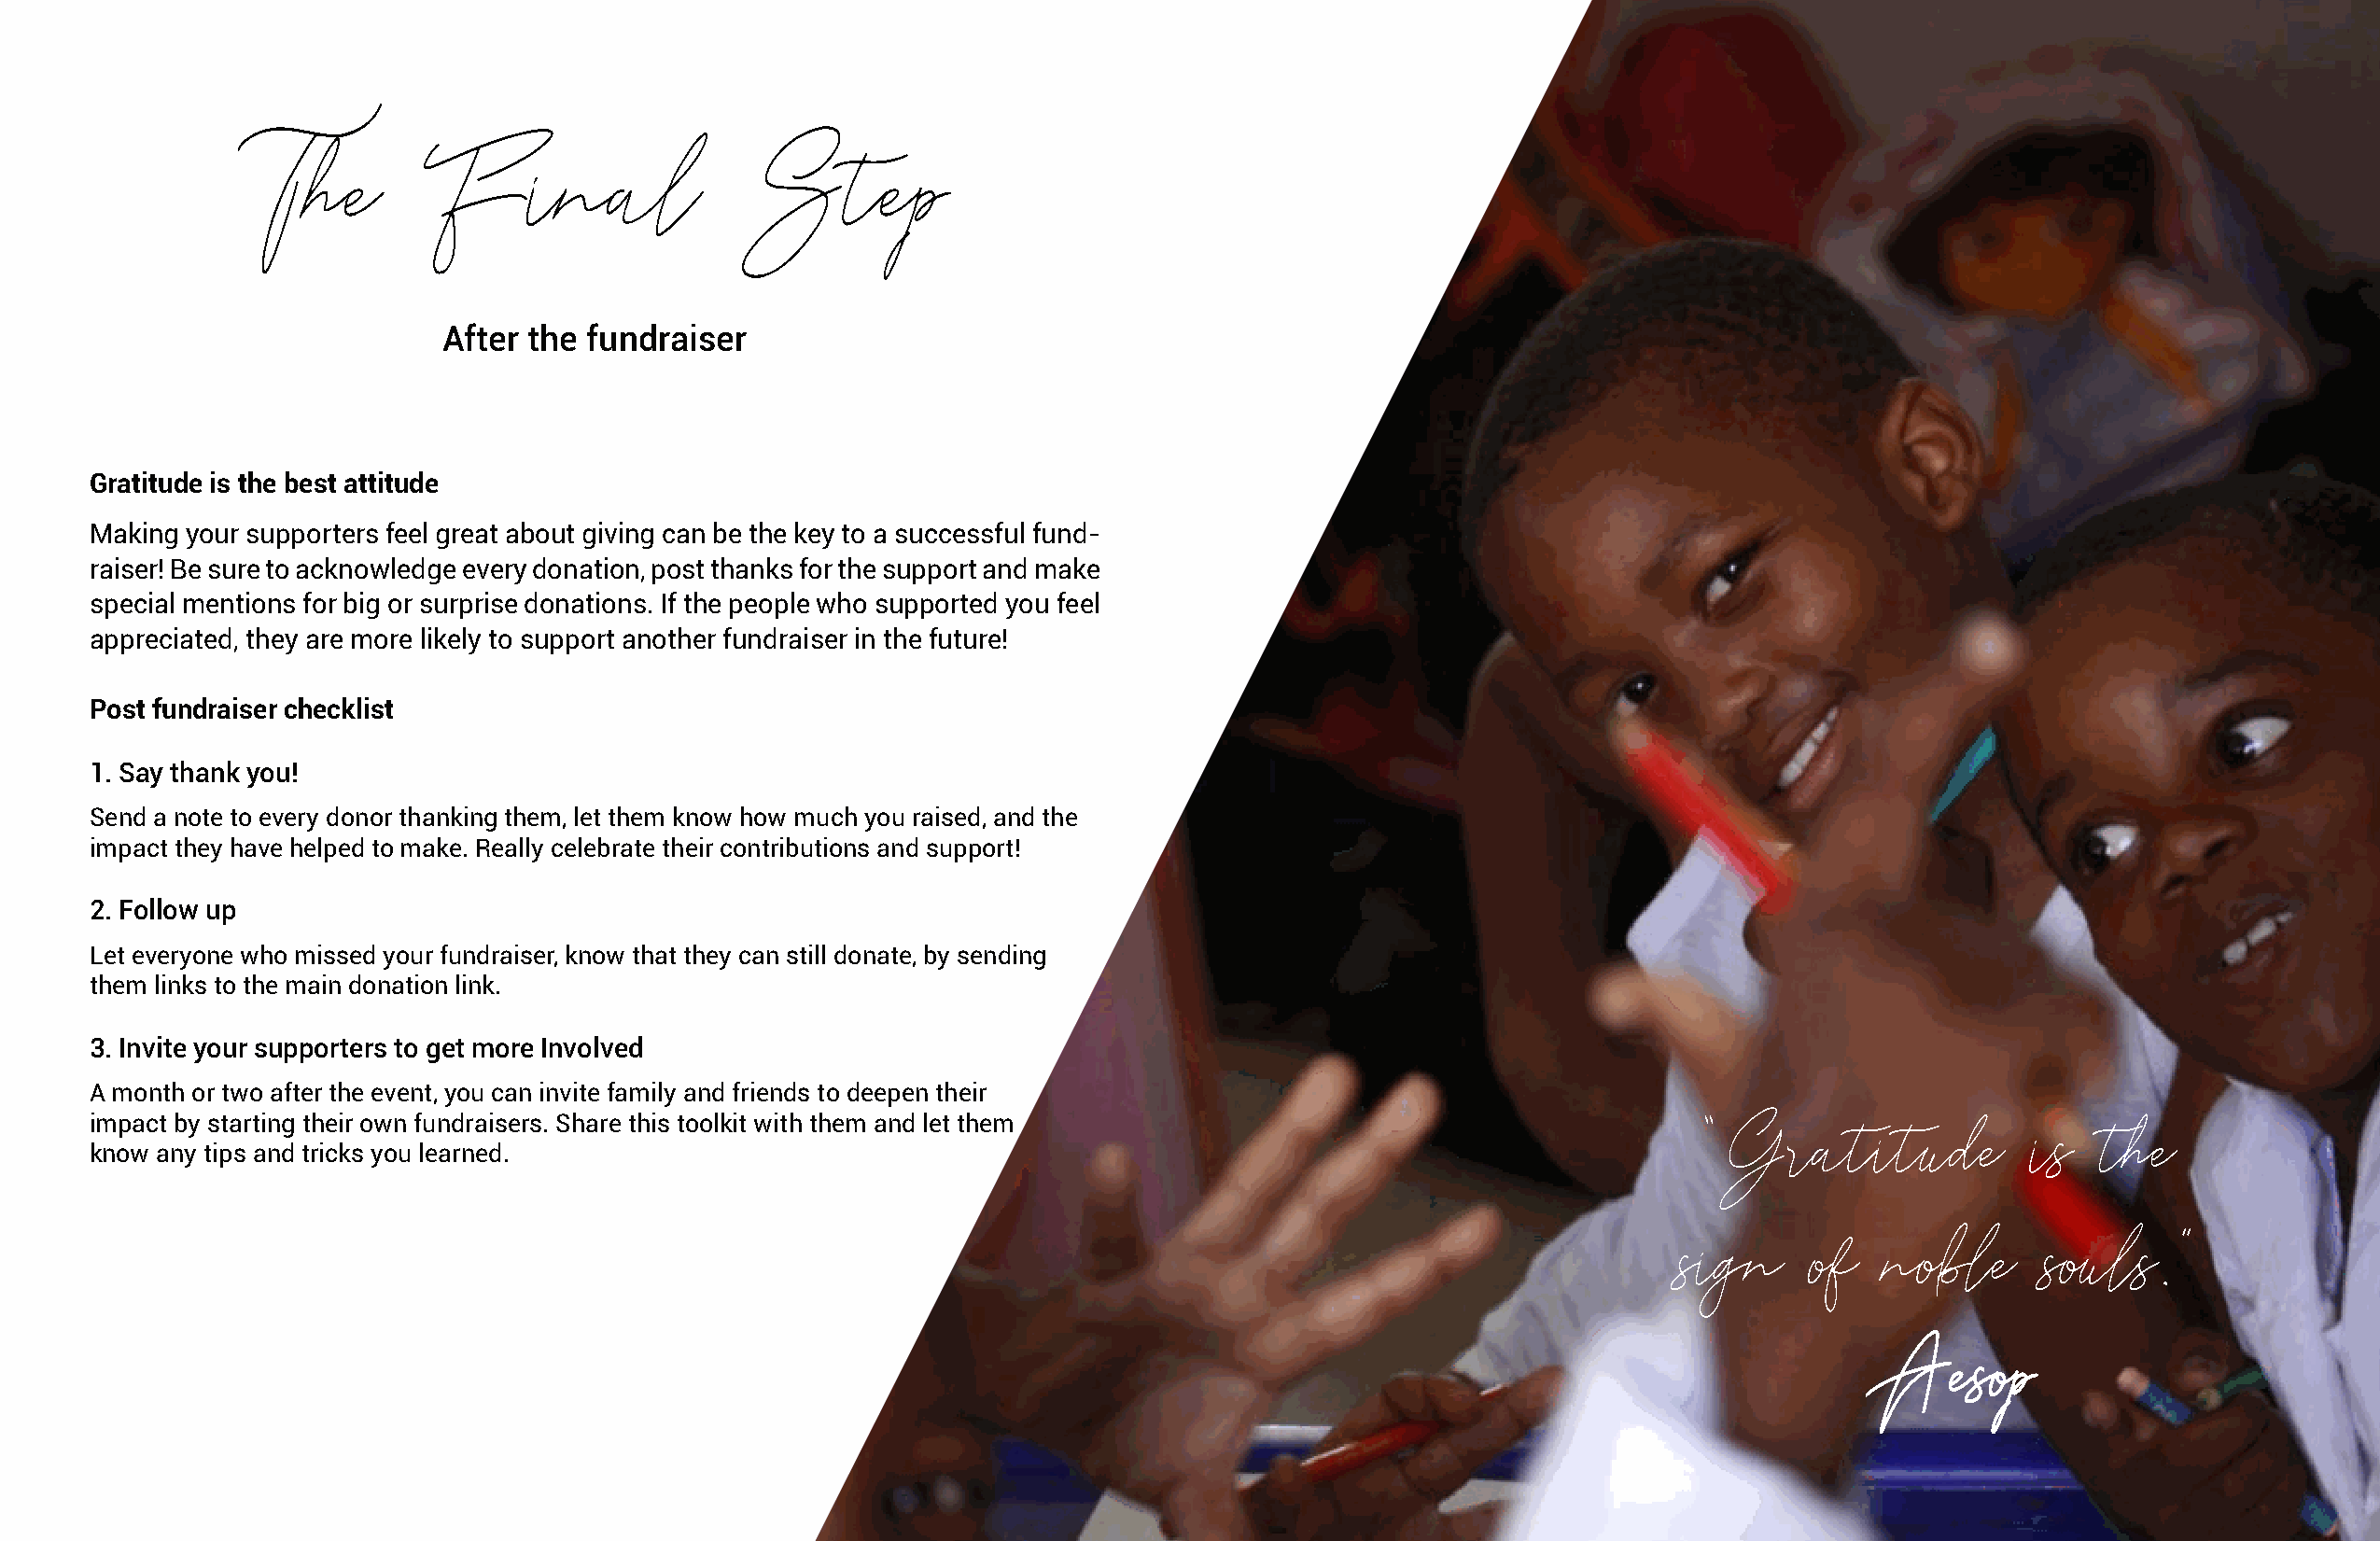
The          Final                  Step
 After the  fundraiser
 Gratitude is the best attitude
 Making your supporters feel great about giving can be the key to a successful fund-
 raiser! Be sure to acknowledge every donation, post thanks for the support and make
 special mentions for big or surprise donations. If the people who supported you feel
 appreciated, they are more likely to support another fundraiser in the future!
 Post fundraiser checklist
 1. Say thank you!
 Send a note to every donor thanking them, let them know how much you raised, and the
 impact they have helped to make. Really celebrate their contributions and support!
 2. Follow up
 Let everyone who missed your fundraiser, know that they can still donate, by sending
 them links to the main donation link.
 3. Invite your supporters to get more Involved
 A month or two after the event, you can invite family and friends to deepen their
 impact by starting their own fundraisers. Share this toolkit with them and let them
 “Gratitude             is   the
 know any tips and tricks you learned.
 sign     of    noble      souls.”
 ——AAeessoopp